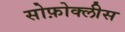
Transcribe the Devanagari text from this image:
सोफ़ोक्लीस